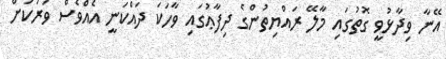
އޭނާ ވިދާޅުވީ ގޮތުގައި މާލޭ ރައްޔިތުންގެ ދިފާޢުގައި ވާހަކަ ދައްކަނީ އެއްވެސް ވަރަކަށް